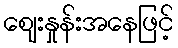
ဈေးနှုန်းအနေဖြင့်